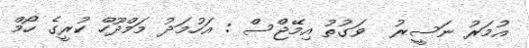
އުމަރު ނަސީރު  ވަގުތު އިމޭޖްސް : އަހުމަދު މަމްދޫހް ކުރީގެ ހޯމް